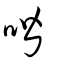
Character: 喈